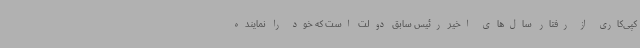
کپی‌کاری از رفتار سال‌های اخیر رئیس سابق دولت است که خود را نماینده